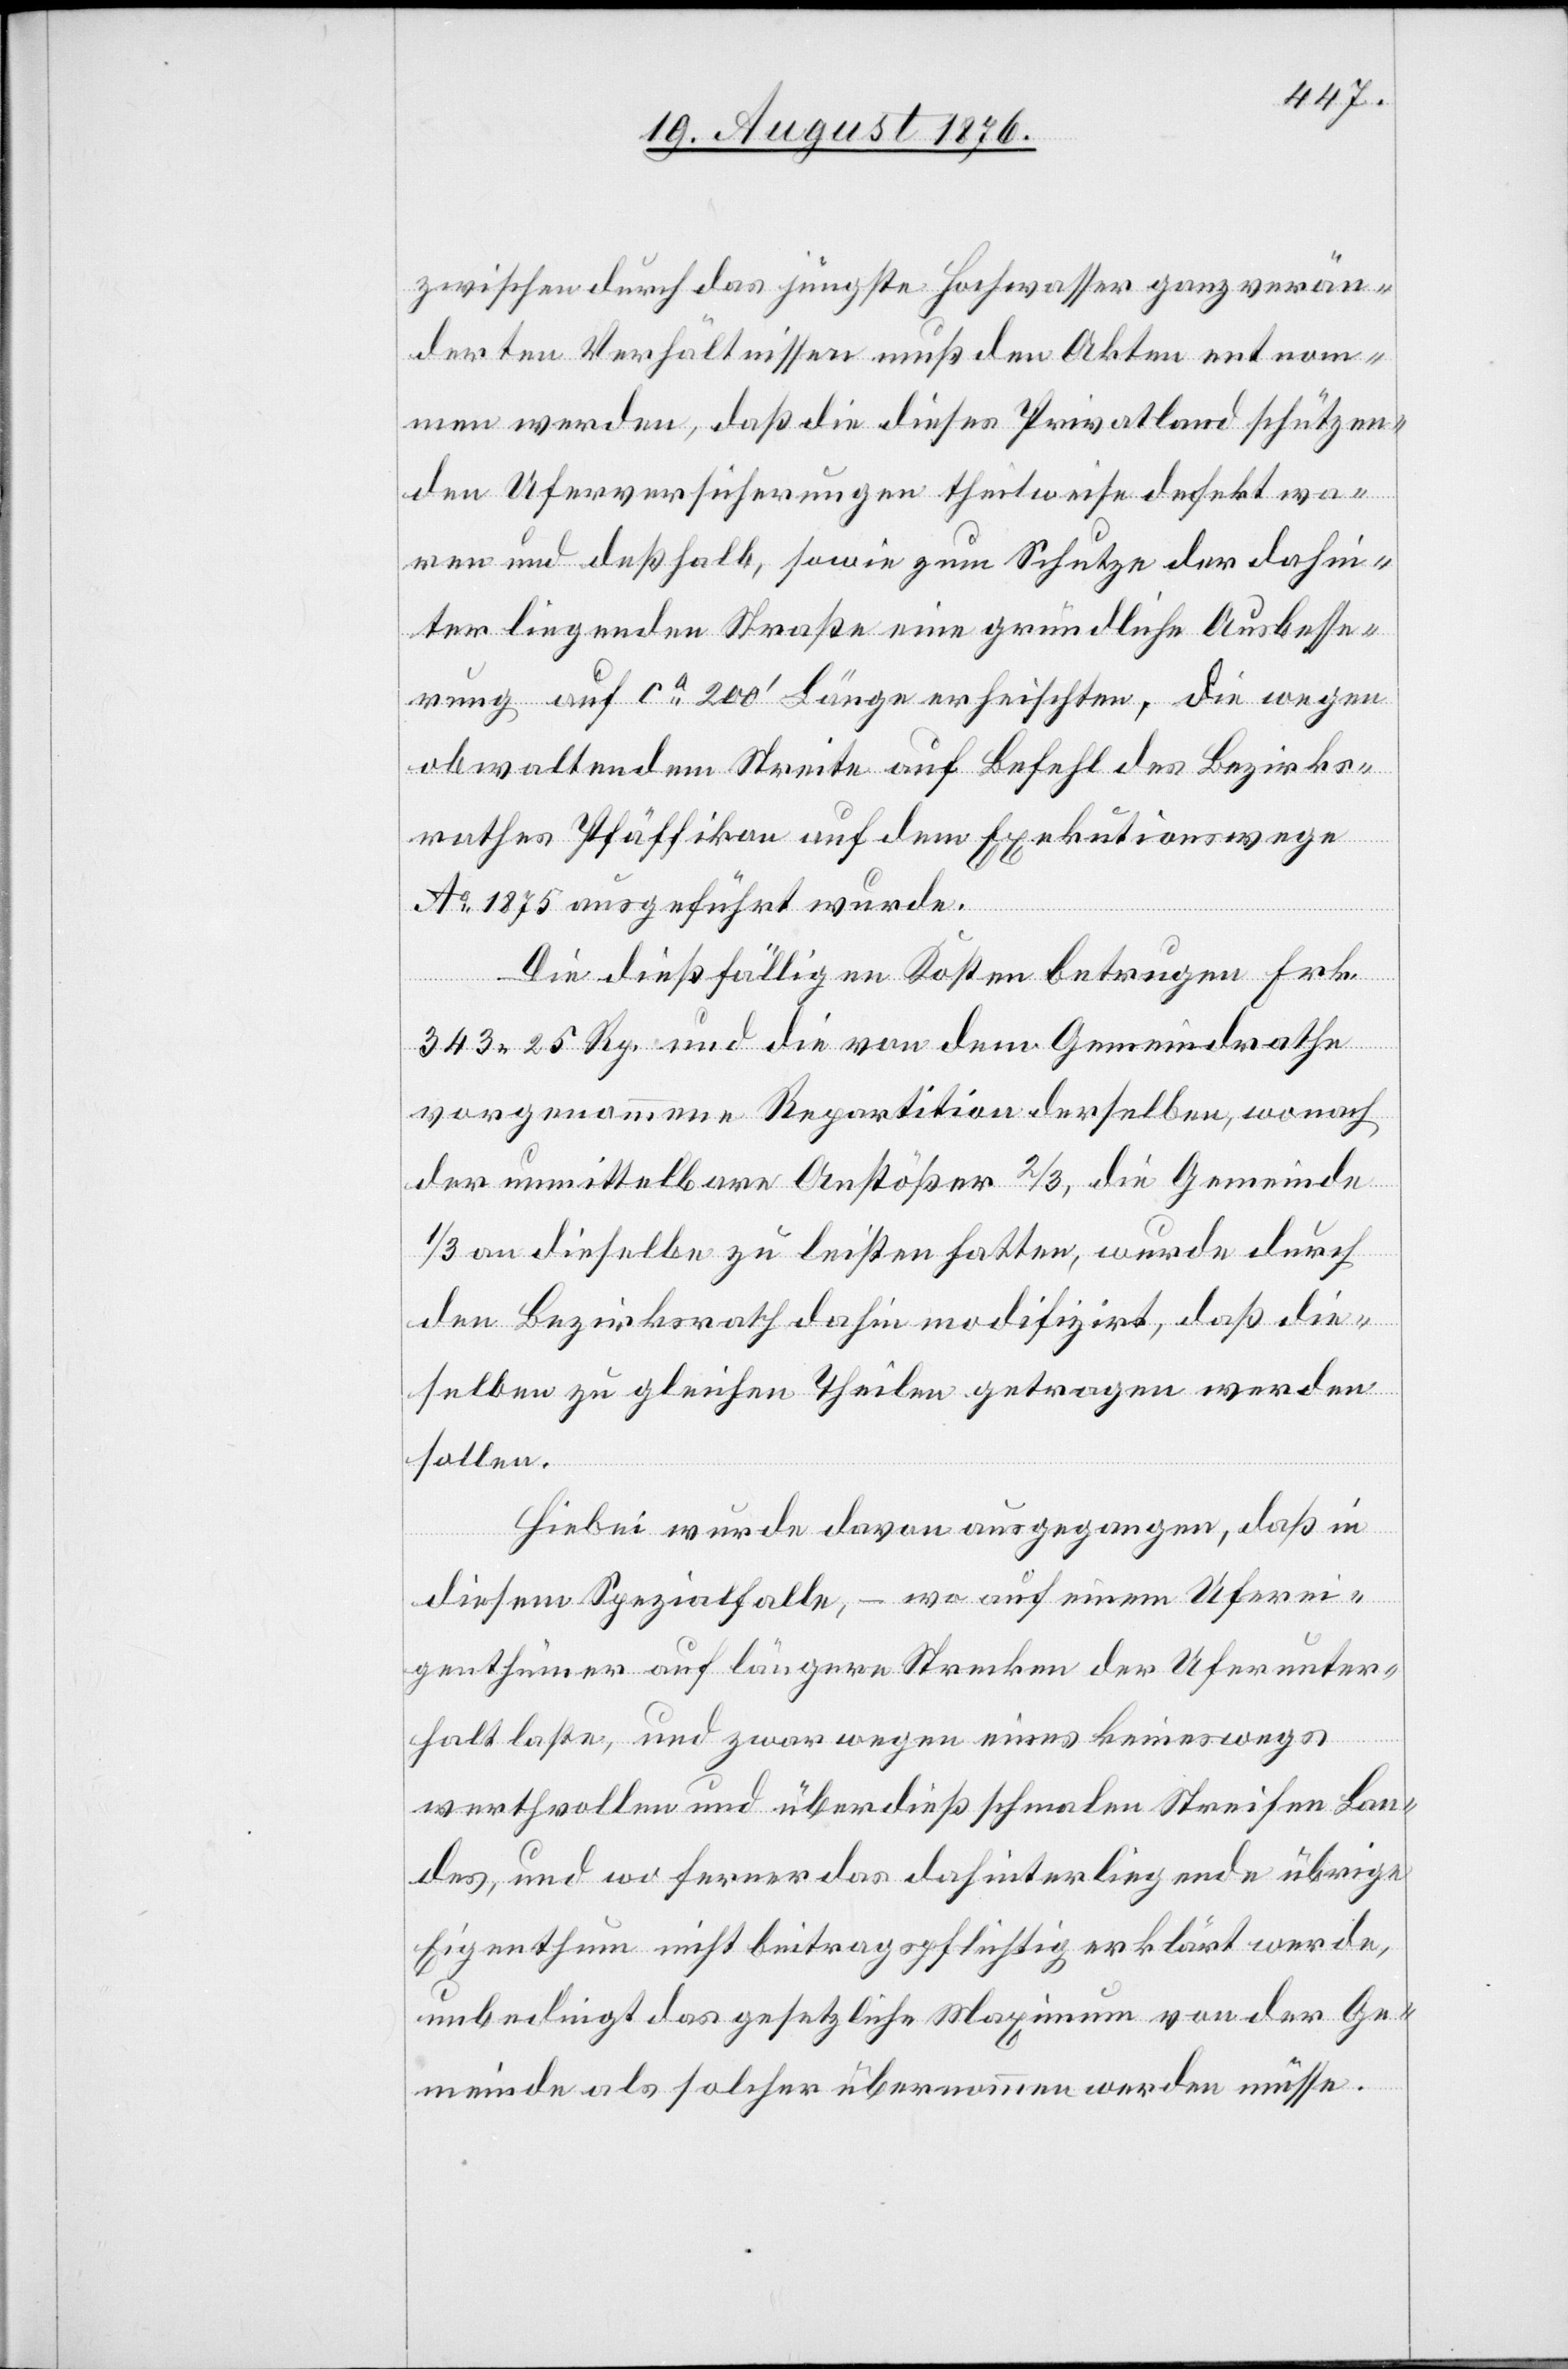
zwischen durch das jüngste Hochwasser ganz verän¬
derten Verhältnissen muß den Akten entnom¬
men werden, daß die dieses Privatland schützen¬
den Uferversicherungen theilweise defekt wa¬
ren und deßhalb, sowie zum Schutze Dr dahin¬
ter liegenden Straße eine gründliche Ausbesse¬
rung auf ca 200‘ Länge erheischten, die wegen
obwaltendem Streite auf Befehl des Bezirks¬
rathes Pfäffikon auf dem Exekutionswege
Ao 1875 ausgeführt wurde.
Die dießfälligen Kosten betrugen Frk.
343 25 Rp. und die von dem Gemeindrathe
vorgenommene Repetition derselben wonach
der unmittelbare Anstößer 2/3, die Gemeinde
1/3 an dieselbe zu leisten hatten, wurde durch
den Bezirksrath dahin modifizirt, daß die¬
selben zu gleichen Theilen getragen werden
sollen.
sse.
Dabei wurde davon ausgegangen, daß in
diesem Spezialfalle, – wo auf einem Uferei¬
genthümer auf längere Strecken der Uferunter¬
halt laste, und zwar wegen eines keineswegs
werthvollen und überdieß schmalen Streifen Lan¬
des, und wo ferner das dahinterliegende übrige
Eigenthum nicht beitragspflichtig erklärt werde,
unbedingt das gesetzliche Maximum werden mü¬